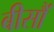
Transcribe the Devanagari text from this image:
बीसौं